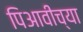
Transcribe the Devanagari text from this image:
पिआवीच्या